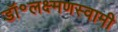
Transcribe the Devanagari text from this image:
डॉ॰लक्ष्मणस्वामी